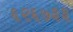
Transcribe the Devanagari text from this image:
६२६७३३